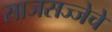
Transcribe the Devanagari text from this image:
साजसज्जेचे